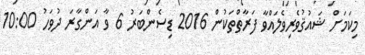
މިކަމަށް ޝައުޤުވެރިވެލައްވާ ފަރާތްތަކުން 2016 ޑިސެންބަރު 6 ވާ އަންގާރަ ދުވަހު 10:00